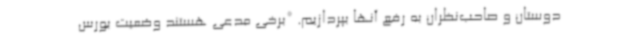
دوستان و صاحب‌نظران به رفع آنها بپردازیم. *برخی مدعی هستند وضعیت بورس